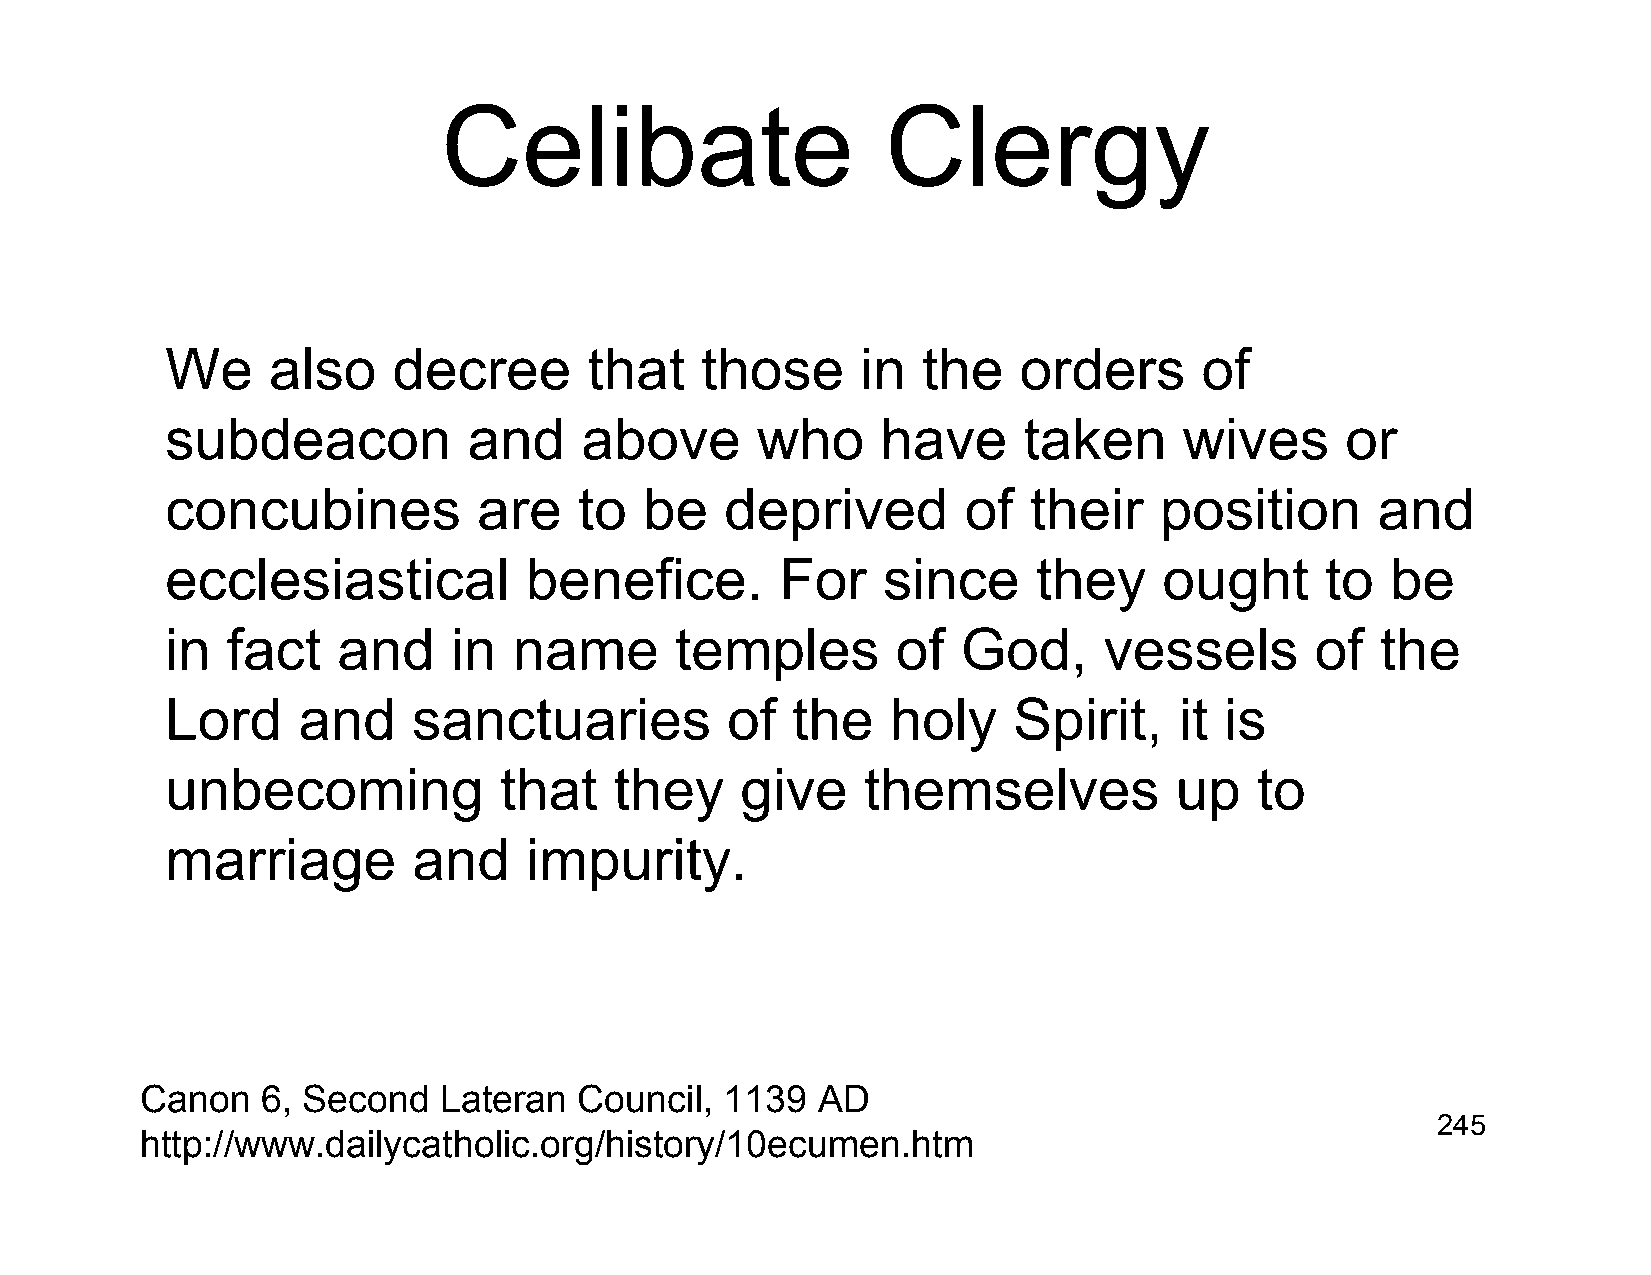
Celibate                      Clergy
 We     also    decree       that   those      in  the   orders       of
 subdeacon           and    above       who     have      taken     wives      or
 concubines           are   to   be   deprived        of  their    position      and
 ecclesiastical          benefice.        For   since      they    ought      to  be
 in  fact   and     in  name       temples       of   God,     vessels       of  the
 Lord     and    sanctuaries          of  the    holy    Spirit,    it is
 unbecoming            that    they    give    themselves           up   to
 marriage        and     impurity.
 Canon   6, Second   Lateran  Council,  1139  AD
 245
 http://www.dailycatholic.org/history/10ecumen.htm